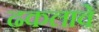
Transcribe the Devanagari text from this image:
ढकलावे